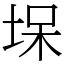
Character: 㙅